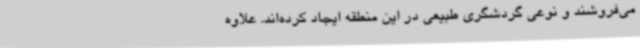
می‌فروشند و نوعی گردشگری طبیعی در این منطقه ایجاد کرده‌اند. علاوه